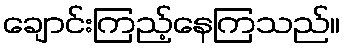
ချောင်းကြည့်နေကြသည်။